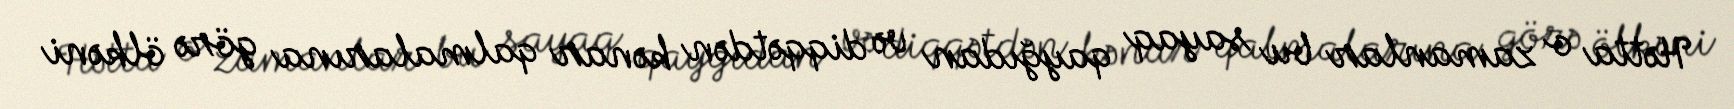
Hətta o zamanlar bu sayaq qayğıdan və diqqətdən kənar qalmalarına görə ölkəni